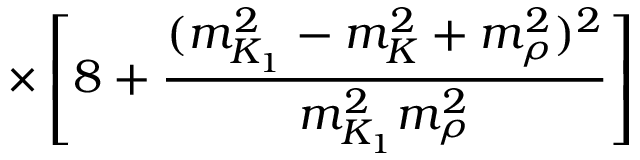
\times \left[ 8 + \frac { ( m _ { K _ { 1 } } ^ { 2 } - m _ { K } ^ { 2 } + m _ { \rho } ^ { 2 } ) ^ { 2 } } { m _ { K _ { 1 } } ^ { 2 } m _ { \rho } ^ { 2 } } \right]